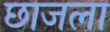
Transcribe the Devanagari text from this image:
छाजला